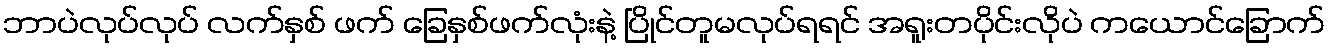
ဘာပဲလုပ်လုပ် လက်နှစ် ဖက် ခြေနှစ်ဖက်လုံးနဲ့ ပြိုင်တူမလုပ်ရရင် အရူးတပိုင်းလိုပဲ ကယောင်ခြောက်